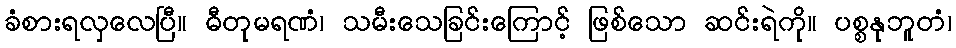
ခံစားရလှလေပြီ။ ဓီတုမရဏံ၊ သမီးသေခြင်းကြောင့် ဖြစ်သော ဆင်းရဲကို။ ပစ္စနုဘူတံ၊